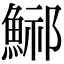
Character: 𩷾